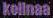
kolinaa